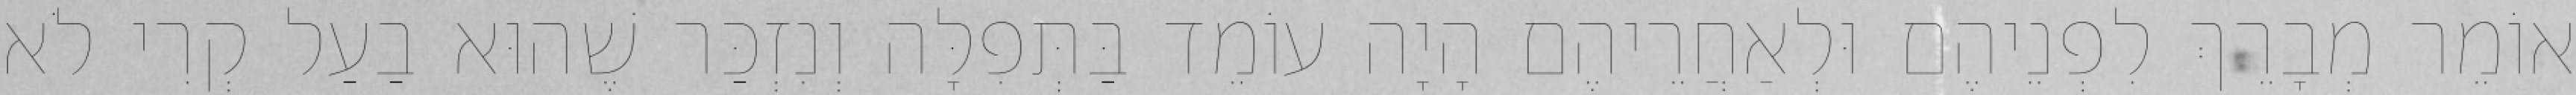
אוֹמֵר מְבָרֵךְ לִפְנֵיהֶם וּלְאַחֲרֵיהֶם הָיָה עוֹמֵד בַּתְּפִלָּה וְנִזְכַּר שֶׁהוּא בַעַל קְרִי לֹא